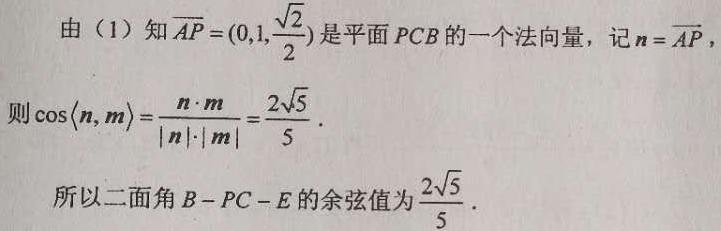
由（1）知$\overrightarrow{AP}=(0,1,\frac{\sqrt{2}}{2})$是平面$PCB$的一个法向量，记$\boldsymbol{n}=\overrightarrow{AP}$，
则$\cos\langle\boldsymbol{n},\boldsymbol{m}\rangle=\frac{\boldsymbol{n}\cdot\boldsymbol{m}}{\vert\boldsymbol{n}\vert\cdot\vert\boldsymbol{m}\vert}=\frac{2\sqrt{5}}{5}$.
所以二面角$B - PC - E$的余弦值为$\frac{2\sqrt{5}}{5}$.